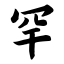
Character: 罕